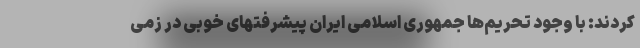
کردند: با وجود تحریم‌ها جمهوری اسلامی ایران پیشرفتهای خوبی در زمی